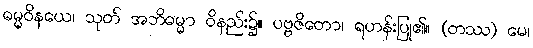
ဓမ္မဝိနယေ၊ သုတ် အဘိဓမ္မာ ဝိနည်း၌။ ပဗ္ဗဇိတော၊ ရဟန်းပြု၏။ (တဿ) မေ၊